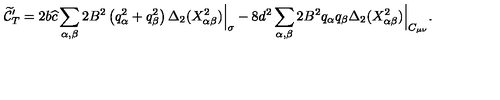
{ \widetilde { \cal C } } _ { T } ^ { \prime } = 2 b { \widehat c } \sum _ { \alpha , \beta } 2 B ^ { 2 } \left( q _ { \alpha } ^ { 2 } + q _ { \beta } ^ { 2 } \right) \Delta _ { 2 } ( X _ { \alpha \beta } ^ { 2 } ) \Big | _ { \sigma } - 8 d ^ { 2 } \sum _ { \alpha , \beta } 2 B ^ { 2 } q _ { \alpha } q _ { \beta } \Delta _ { 2 } ( X _ { \alpha \beta } ^ { 2 } ) \Big | _ { C _ { \mu \nu } } .